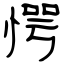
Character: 愕